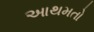
આથમતો